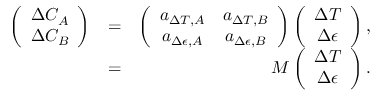
\begin{array} { r l r } { \left( \begin{array} { c } { \Delta C _ { A } } \\ { \Delta C _ { B } } \end{array} \right) } & { = } & { \left( \begin{array} { c c } { a _ { \Delta T , A } } & { a _ { \Delta T , B } } \\ { a _ { \Delta \epsilon , A } } & { a _ { \Delta \epsilon , B } } \end{array} \right) \left( \begin{array} { c } { \Delta T } \\ { \Delta \epsilon } \end{array} \right) , } \\ & { = } & { M \left( \begin{array} { c } { \Delta T } \\ { \Delta \epsilon } \end{array} \right) . } \end{array}